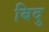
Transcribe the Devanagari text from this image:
बिदु